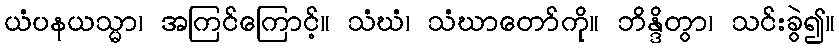
ယံပနယသ္မာ၊ အကြင်ကြောင့်။ သံဃံ၊ သံဃာတော်ကို။ ဘိန္ဒိတွာ၊ သင်းခွဲ၍။